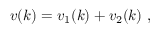
v ( k ) = v _ { 1 } ( k ) + v _ { 2 } ( k ) \ ,